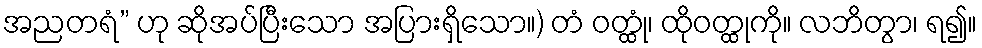
အညတရံ” ဟု ဆိုအပ်ပြီးသော အပြားရှိသော။) တံ ဝတ္ထုံ၊ ထိုဝတ္ထုကို။ လဘိတွာ၊ ရ၍။